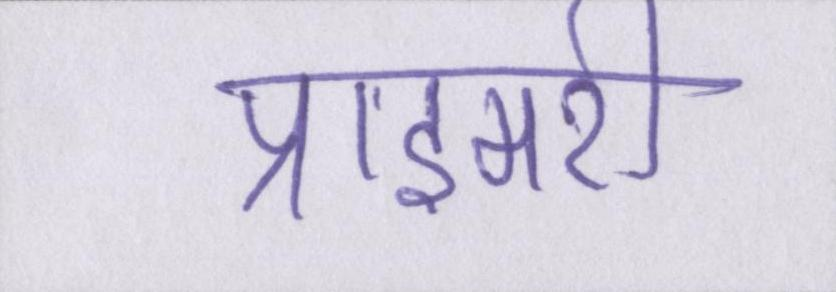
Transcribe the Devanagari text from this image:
प्राइमरी